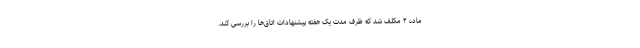
ماده ۲ مکلف شد که ظرف مدت یک هفته پیشنهادات اتاق‌ها را بررسی کند.